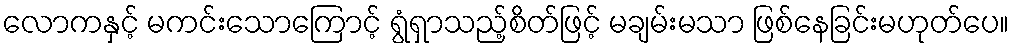
လောကနှင့် မကင်းသောကြောင့် ရွံရှာသည့်စိတ်ဖြင့် မချမ်းမသာ ဖြစ်နေခြင်းမဟုတ်ပေ။